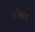
ઇઆન